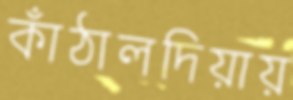
কাঁঠালদিয়ায়